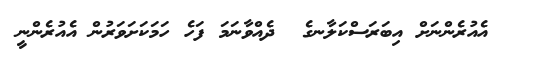
އެއުރެންނަށް އިބަރަސްކަލާނގެ  ދެއްވާނަމަ ފަހެ ހަމަކަށަވަރުން އެއުރެންނީ